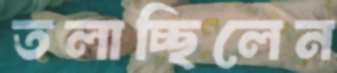
তলাচ্ছিলেন